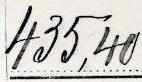
435,40